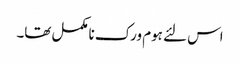
اس لئے ہوم ورک نامکمل تھا۔